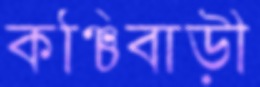
কঞ্চিবাড়ী